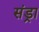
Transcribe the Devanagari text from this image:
संड्रा